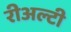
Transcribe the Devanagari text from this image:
रीअल्टी